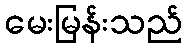
မေးမြန်းသည်